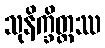
သုနိက္ခိတ္တဿ